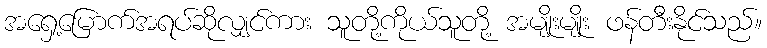
အရှေ့မြောက်အရပ်ဆိုလျှင်ကား သူတို့ကိုယ်သူတို့ အမျိုးမျိုး ဖန်တီးနိုင်သည်။